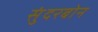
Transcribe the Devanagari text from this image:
सुंदरबोन